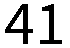
41